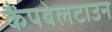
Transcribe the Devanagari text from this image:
कैंपबेलटाउन